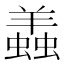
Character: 𧒃